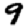
Digit: 9